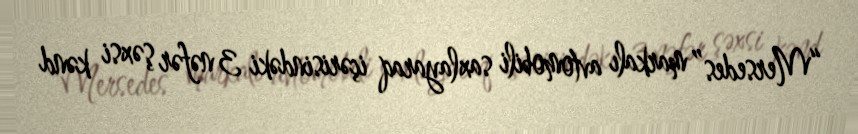
“Mersedes” markalı avtomobili saxlayaraq içərisindəki 3 nəfər şəxsi kənd